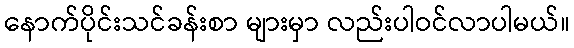
နောက်ပိုင်းသင်ခန်းစာ များမှာ လည်းပါဝင်လာပါမယ်။